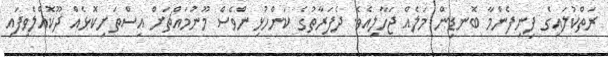
ރަތްކުލައިގެ ފިނިފެންމާ ބޮނޑިން މަލެއް ޖަހާލިއެވެ. ދެފަރާތުގެ ކަންހުޅިންވެސް މޫނުމައްޗަށް އިސްތަށިކޮޅެއް ދޫކޮއްލެވިފައި